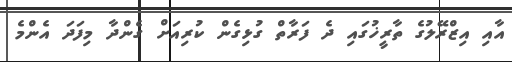
އާއި އިޒްރޭލުގެ ތާރީޚުގައި ދެ ފަރާތް ގުޅިގެން ކުރިއަށް ގެންދާ މިފަދަ އެންމެ